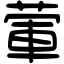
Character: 葷